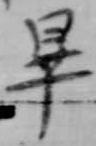
畢